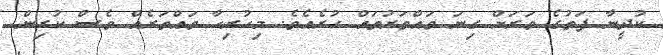
ކުދީނާ ފަތުގެ ވަރަށް ގިނަ ވައްތަރުތައް ހުރެއެވެ. މިހުރިހާ ވައްތަރެއް ވެސް ކުރިން